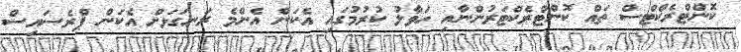
ކޮންޓްރެކްޓްސް ތައް ކޮންޓްރެކްޓަރުންނާއި ހަވާލު ކުރުމުގައި އެކަން އެންމެ ރަނގަޅަށް އެކަން ޕްރެސައިސް